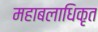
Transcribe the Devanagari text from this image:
महाबलाधिकृत